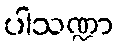
ပါသဏ္ဍာ